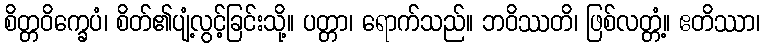
စိတ္တဝိက္ခေပံ၊ စိတ်၏ပျံ့လွင့်ခြင်းသို့။ ပတ္တာ၊ ရောက်သည်။ ဘဝိဿတိ၊ ဖြစ်လတ္တံ့။ ဧတိဿာ၊